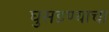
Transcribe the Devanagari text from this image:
घुसडण्याचा